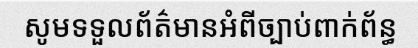
សូមទទួលព័ត៌មានអំពីច្បាប់ពាក់ព័ន្ធ